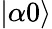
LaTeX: \left\vert\alpha 0\right\rangle